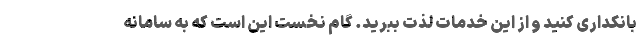
بانکداری کنید و از این خدمات لذت ببرید. گام نخست این است که به سامانه